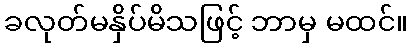
ခလုတ်မနှိပ်မိသဖြင့် ဘာမှ မထင်။